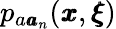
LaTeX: p_{a{\pmb a}_{n}}({\pmb x},{\pmb\xi})